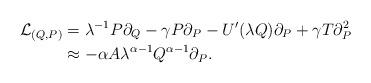
LaTeX: \begin{align*}\mathcal{L}_{(Q,P)} &= \lambda^{-1} P \partial_Q - \gamma P \partial_P - U'(\lambda Q) \partial_P + \gamma T \partial_P^2\\&\approx - \alpha A \lambda^{\alpha -1} Q^{\alpha-1} \partial_P . \end{align*}